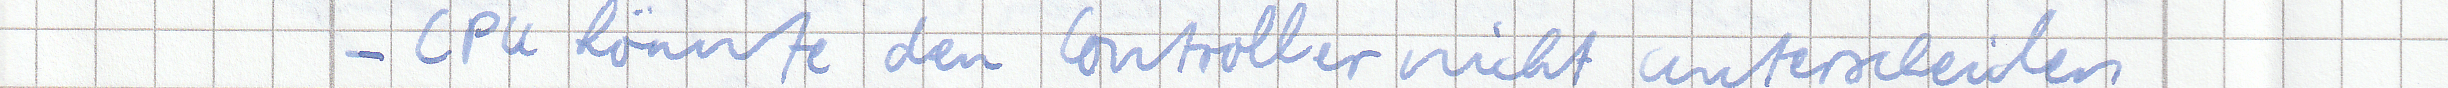
- CPU könnte den Controller nicht unterscheiden